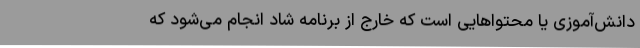
دانش‌آموزی یا محتواهایی است که خارج از برنامه شاد انجام می‌شود که